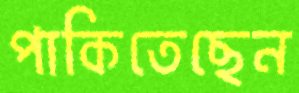
পাকিতেছেন